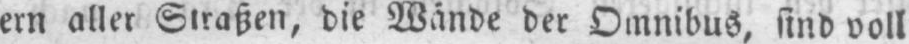
ern aller Straßen, die Wände der Omnibus, sind voll